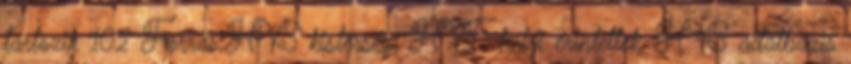
tartozik 102 Forrás:HVS kistérségi HVI, helyi érintettek, HVS adatbázis